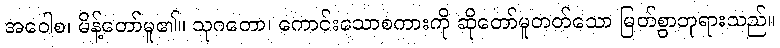
အဝေါစ၊ မိန့်တော်မူ၏။ သုဂတော၊ ကောင်းသောစကားကို ဆိုတော်မူတတ်သော မြတ်စွာဘုရားသည်။